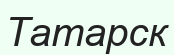
Татарск